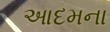
આદમના